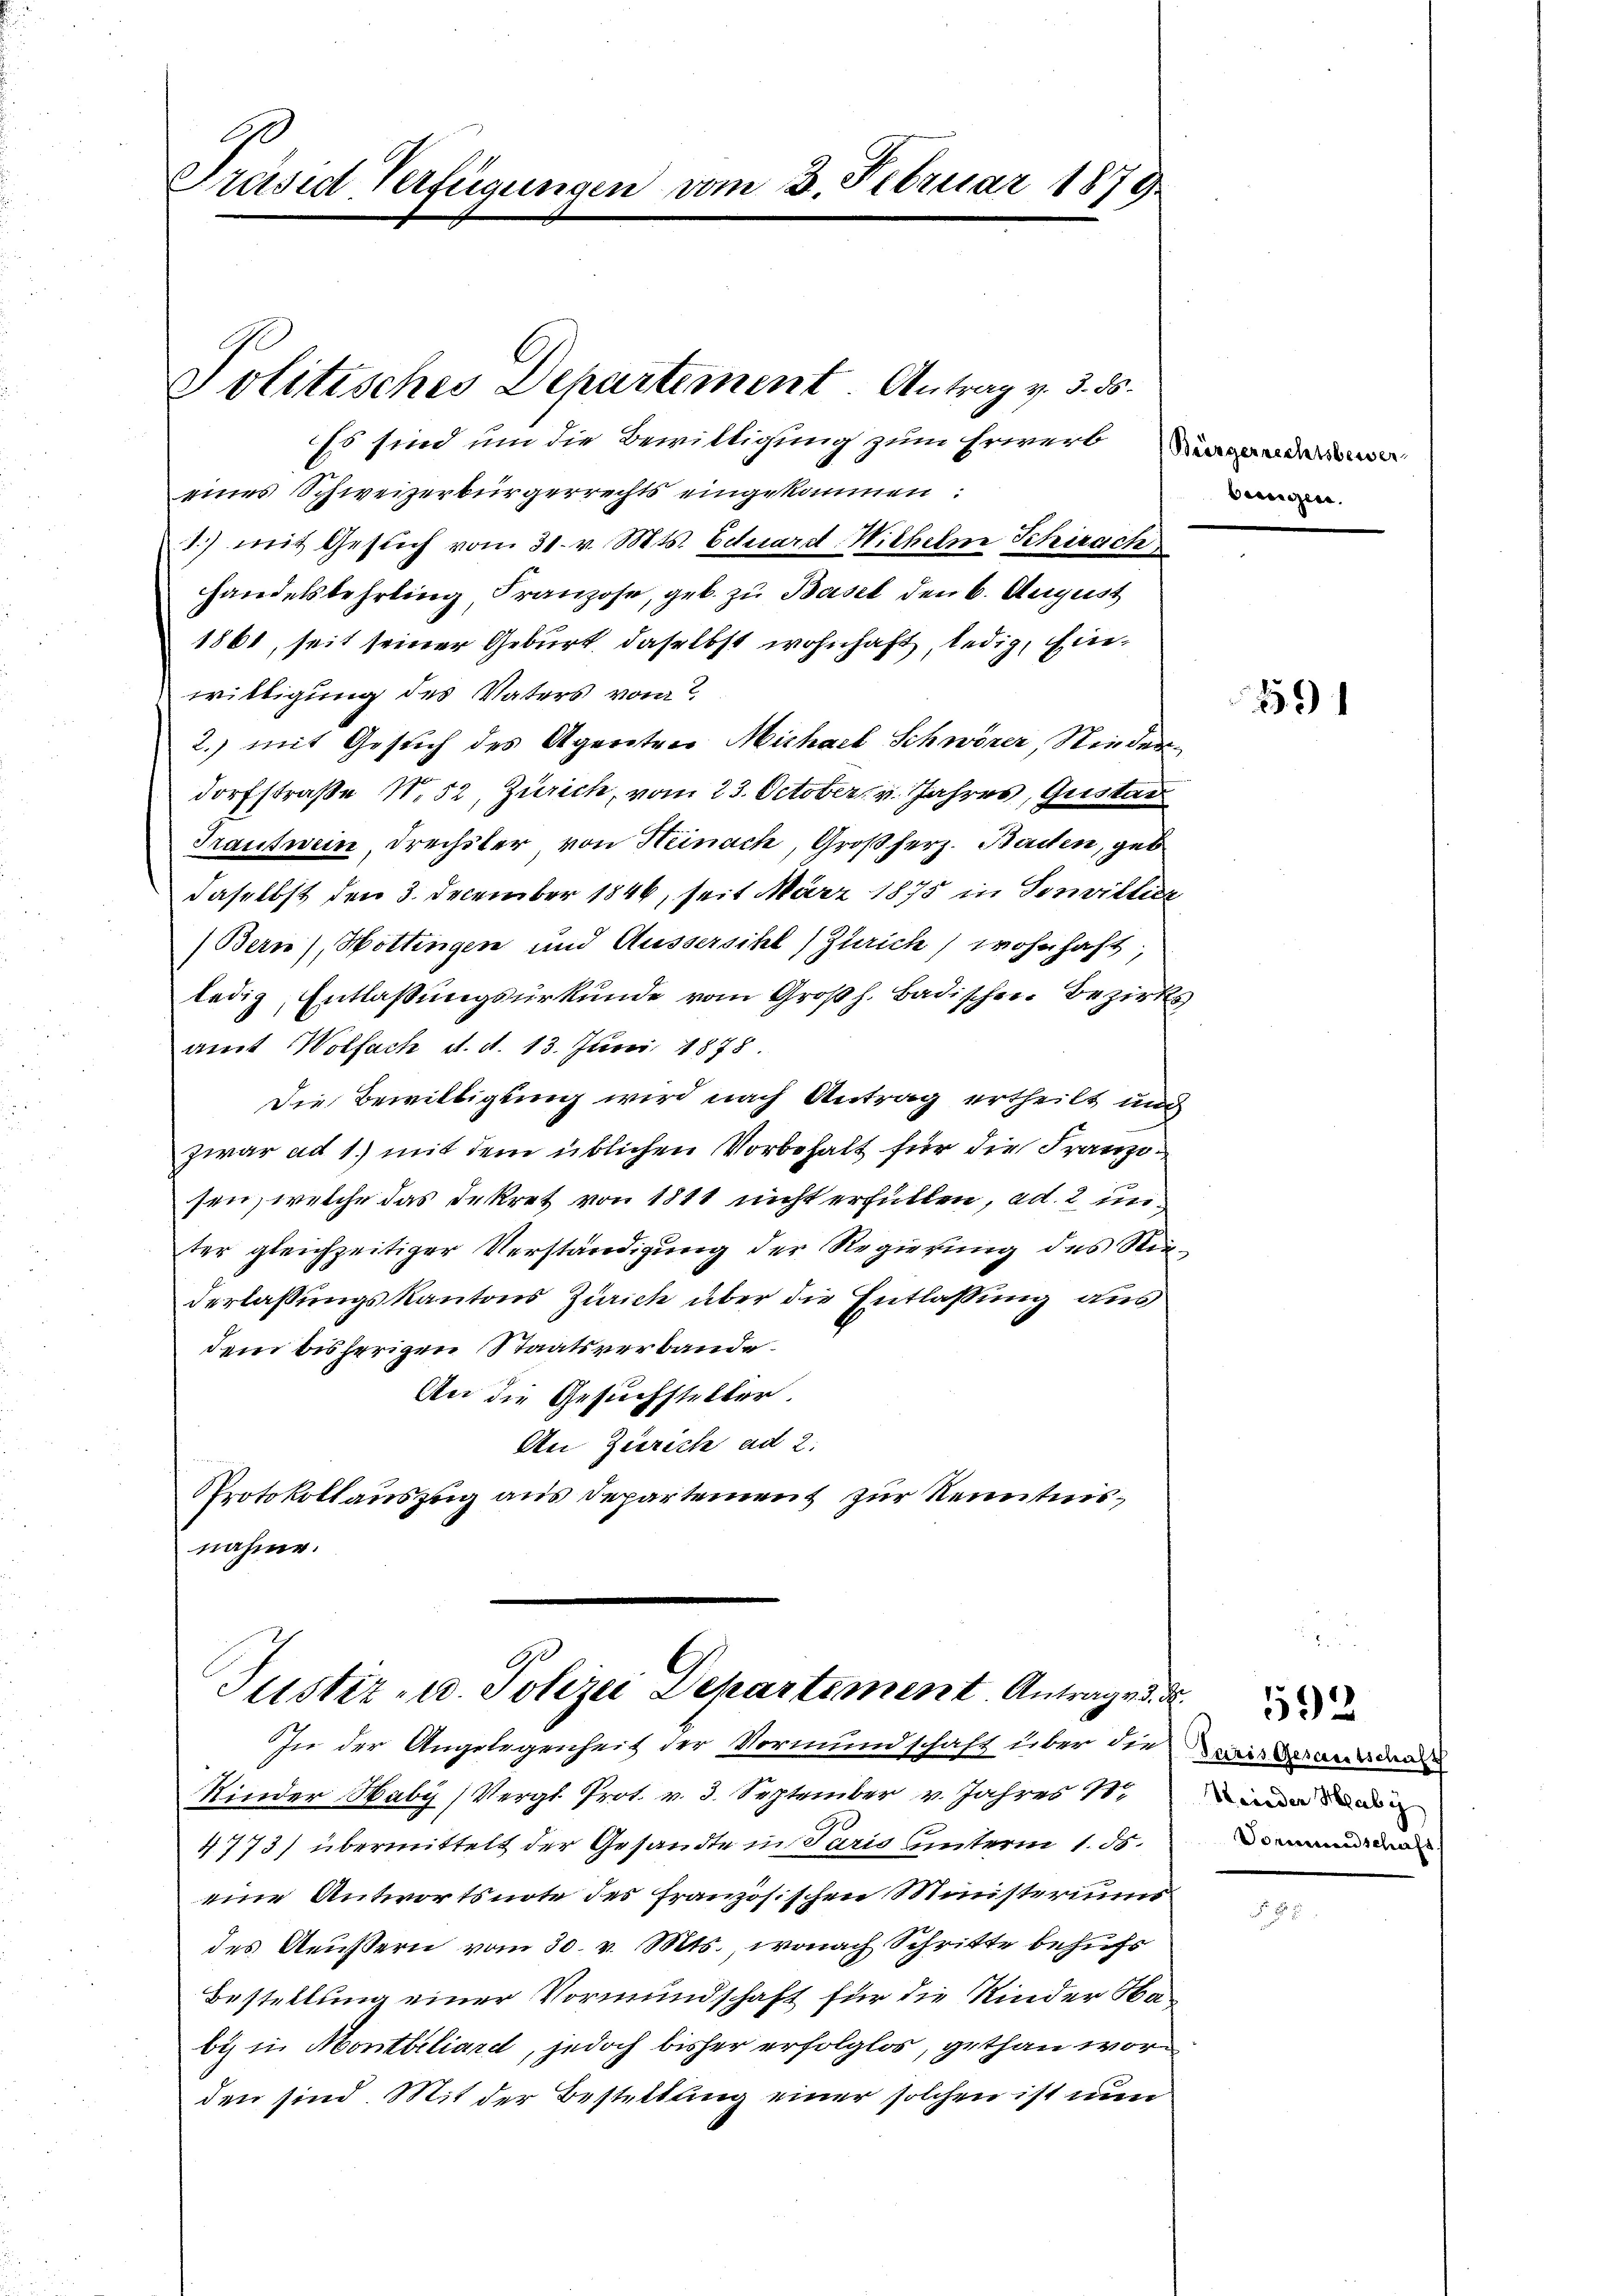
Präsid Verfügungen vom 3. Februar 1879.

Es sind um die Bewilligung zum Erwerbunde
eines Schweizerbürgerrechts eingekommen:
.) mit Gesuch vom 31. v. Mts. Eduard Wilhelm Schirach
handelslehrling Franzose, geb. zu Basel den 6. August
1861, seit seiner Geburt, daselbst wohnhaft, ledig, Einwilligung des Vaters vom
2.) mit Gesuch des Agenten Michael Schwörer Niederdorfstraße N. 52, Zürich, vom 23. October, v. Jahres, Gustad
Trautwein Drechster von Heinach, Großherz. Baden, geb
daselbst den 3. December 1844, seit März 1875 in Sonvillier
Bern, Hottingen und Äussersihl, Zürich) wohnhaft,
ledig, Entlaßungsurkunde vom Großh. Badischen Bezirks
amt Wolfach d. d. 13. Juni 1878.
Die Bewilligung wird nach Antrag ertheilt und
zwar ad 1.) mit dem üblichen Vorbehalt für die Franzisen, welche das Dekret von 1811 nicht erfüllen, ad. 2 un
ter gleichzeitiger Verständigung der Regierung des Stim-
derlassungskantons Zürich über die Entlassung aus
dem bisherigen Staatsverbande
An die Gesuchsteller
An Zürich ad 2.
PProtokollauszug aus Departement zur Kenntnisnahme.

Politisches Departement Antrag v. 3. ds.

Ge
Justiz- u. Polizei Departement Antrage d. d.
In der Angelegenheit der Vormundschaft über die

Kinder Haby (Vergl. Prot. v. 3. September v. Jahres 18
4773) übermittelt der Gesandte in Paris unterm 1. 55.
eine Antwortsnote des französischen Ministeriums
des Aeußern vom 30. v. Mts., wonach Schritte behufs
Bestellung einer Vormundschaft für die Kinder Nabis in Montbiliard, jedoch bisher erfolglos, gethan worden sind. Mit der Bestellung einer solchen ist nun

bungen.

159

Furis Gesamtschaft
S wieder Schabi
Vormundschaft

592